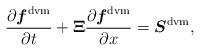
LaTeX: \begin{align*} \frac{\partial \boldsymbol{f}^{\mathrm{dvm}}}{\partial t} + {\bf\Xi} \frac{\partial \boldsymbol{f}^{\mathrm{dvm}}}{\partial x} = \boldsymbol{S}^{\mathrm{dvm}},\end{align*}